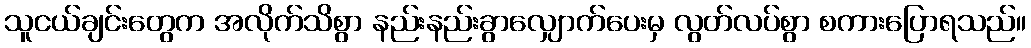
သူငယ်ချင်းတွေက အလိုက်သိစွာ နည်းနည်းခွာလျှောက်ပေးမှ လွတ်လပ်စွာ စကားပြောရသည်။